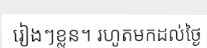
រៀងៗខ្លួន។ រហូតមកដល់ថ្ងៃ